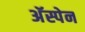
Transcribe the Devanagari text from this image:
अॅस्पेन